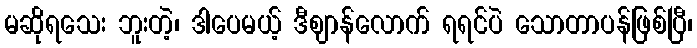
မဆိုရသေး ဘူးတဲ့၊ ဒါပေမယ့် ဒီဈာန်လောက် ရရင်ပဲ သောတာပန်ဖြစ်ပြီ၊